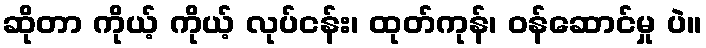
ဆိုတာ ကိုယ့် ကိုယ့် လုပ်ငန်း၊ ထုတ်ကုန်၊ ဝန်ဆောင်မှု ပဲ။